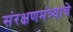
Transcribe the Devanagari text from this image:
संरक्षणमंत्र्याचे